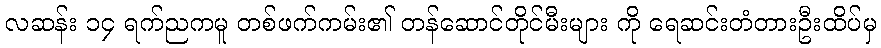
လဆန်း ၁၄ ရက်ညကမူ တစ်ဖက်ကမ်း၏ တန်ဆောင်တိုင်မီးများ ကို ရေဆင်းတံတားဦးထိပ်မှ